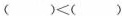
$$()<()$$